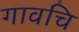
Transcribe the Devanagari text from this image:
गावचि